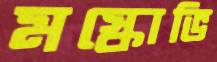
মস্কোভি